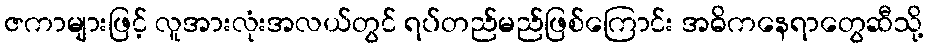
ဇကာများဖြင့် လူအားလုံးအလယ်တွင် ရပ်တည်မည်ဖြစ်ကြောင်း အဓိကနေရာတွေဆီသို့